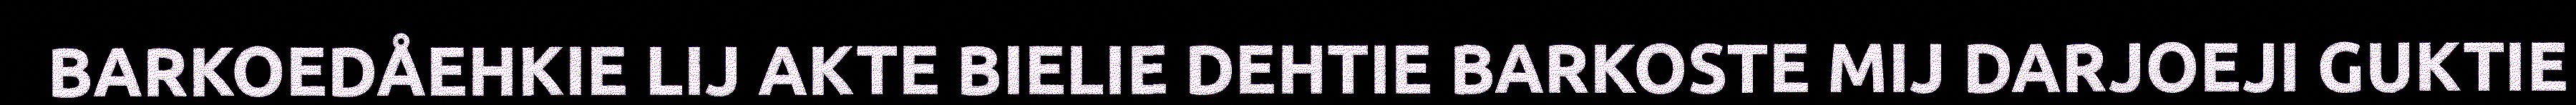
BARKOEDÅEHKIE LIJ AKTE BIELIE DEHTIE BARKOSTE MIJ DARJOEJI GUKTIE